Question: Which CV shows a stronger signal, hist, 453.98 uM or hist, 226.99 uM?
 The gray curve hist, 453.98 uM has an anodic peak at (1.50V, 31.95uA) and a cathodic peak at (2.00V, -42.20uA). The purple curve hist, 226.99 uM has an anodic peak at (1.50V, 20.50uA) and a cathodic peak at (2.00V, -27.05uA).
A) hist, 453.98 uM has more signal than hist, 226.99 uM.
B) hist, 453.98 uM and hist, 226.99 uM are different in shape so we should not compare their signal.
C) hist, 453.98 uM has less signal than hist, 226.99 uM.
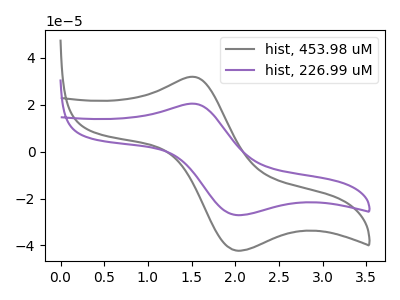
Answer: <think>All the peaks in "hist, 453.98 uM" have a peak in "hist, 226.99 uM" at the same potential. Every peak in "hist, 453.98 uM" is higher than every peak in "hist, 226.99 uM".
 </think>
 <answer>A) "hist, 453.98 uM" has more signal than "hist, 226.99 uM".</answer>
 <eval>A</eval>